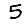
Digit: 5